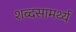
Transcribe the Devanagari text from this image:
शब्दसामर्थ्य